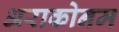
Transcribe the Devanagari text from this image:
अराकोनम